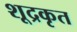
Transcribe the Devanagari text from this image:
शूद्रकृत